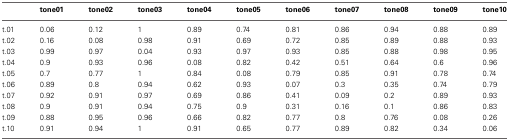
|  | tone01 | tone02 | tone03 | tone04 | tone05 | tone06 | tone07 | tone08 | tone09 | tone10 |
 | --- | --- | --- | --- | --- | --- | --- | --- | --- | --- | --- |
 | t.01 | 0.06 | 0.12 | 1 | 0.89 | 0.74 | 0.81 | 0.86 | 0.94 | 0.88 | 0.89 |
 | t.02 | 0.16 | 0.08 | 0.98 | 0.91 | 0.69 | 0.72 | 0.85 | 0.89 | 0.88 | 0.93 |
 | t.03 | 0.99 | 0.97 | 0.04 | 0.93 | 0.97 | 0.93 | 0.85 | 0.88 | 0.98 | 0.95 |
 | t.04 | 0.9 | 0.93 | 0.96 | 0.08 | 0.82 | 0.42 | 0.51 | 0.64 | 0.6 | 0.96 |
 | t.05 | 0.7 | 0.77 | 1 | 0.84 | 0.08 | 0.79 | 0.85 | 0.91 | 0.78 | 0.74 |
 | t.06 | 0.89 | 0.8 | 0.94 | 0.62 | 0.93 | 0.07 | 0.3 | 0.35 | 0.74 | 0.79 |
 | t.07 | 0.92 | 0.91 | 0.97 | 0.69 | 0.86 | 0.41 | 0.09 | 0.2 | 0.89 | 0.93 |
 | t.08 | 0.9 | 0.91 | 0.94 | 0.75 | 0.9 | 0.31 | 0.16 | 0.1 | 0.86 | 0.83 |
 | t.09 | 0.88 | 0.95 | 0.96 | 0.66 | 0.82 | 0.77 | 0.8 | 0.76 | 0.08 | 0.26 |
 | t.10 | 0.91 | 0.94 | 1 | 0.91 | 0.65 | 0.77 | 0.89 | 0.82 | 0.34 | 0.06 |